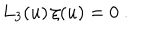
L _ { 3 } ( u ) \, \xi ( u ) = 0 \ .